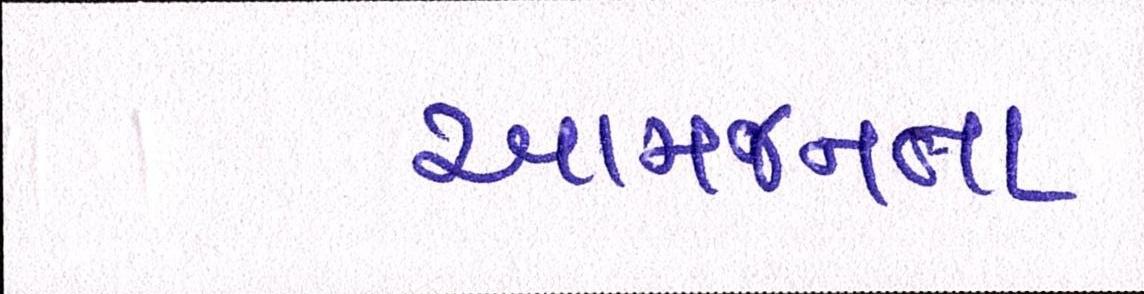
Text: આમજનતા